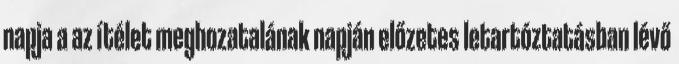
napja a az ítélet meghozatalának napján előzetes letartóztatásban lévő